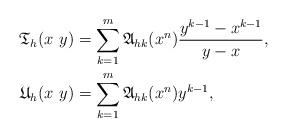
LaTeX: \begin{align*}\mathfrak{T}_h(x\,\,y)&=\sum^m_{k=1}\mathfrak{A}_{hk}(x^n)\frac{y^{k-1}-x^{k-1}}{y-x},\\\mathfrak{U}_h(x\,\,y)&=\sum^m_{k=1}\mathfrak{A}_{hk}(x^n)y^{k-1},\end{align*}